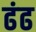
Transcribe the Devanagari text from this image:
ढंढ